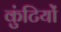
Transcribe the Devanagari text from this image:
कुंटियों